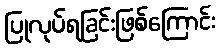
ပြုလုပ်ရခြင်းဖြစ်ကြောင်း